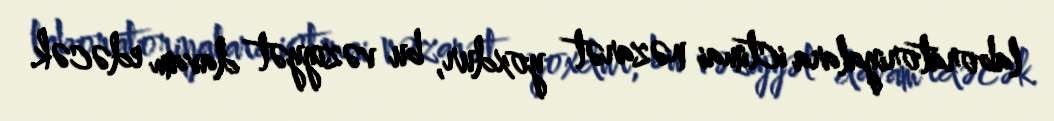
laboratoriyalara ictimai nəzarət yoxdur, bu vəziyyət davam edəcək.